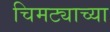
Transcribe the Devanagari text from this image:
चिमट्याच्या